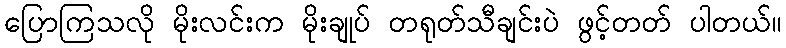
ပြောကြသလို မိုးလင်းက မိုးချုပ် တရုတ်သီချင်းပဲ ဖွင့်တတ် ပါတယ်။